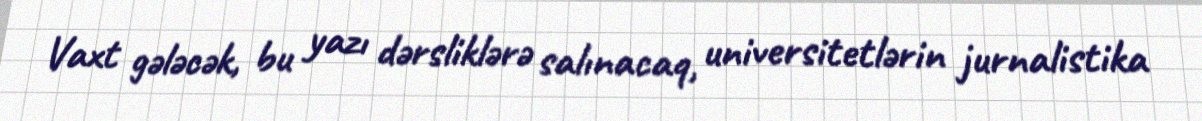
Vaxt gələcək, bu yazı dərsliklərə salınacaq, universitetlərin jurnalistika